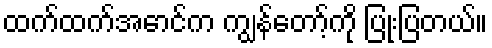
ထက်ထက်အောင်က ကျွန်တော့်ကို ပြုံးပြတယ်။